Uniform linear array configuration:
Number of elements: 48
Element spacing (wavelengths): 1
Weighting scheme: hamming
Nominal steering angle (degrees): -30
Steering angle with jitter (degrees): -30.444
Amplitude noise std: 0.05
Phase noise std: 0.05

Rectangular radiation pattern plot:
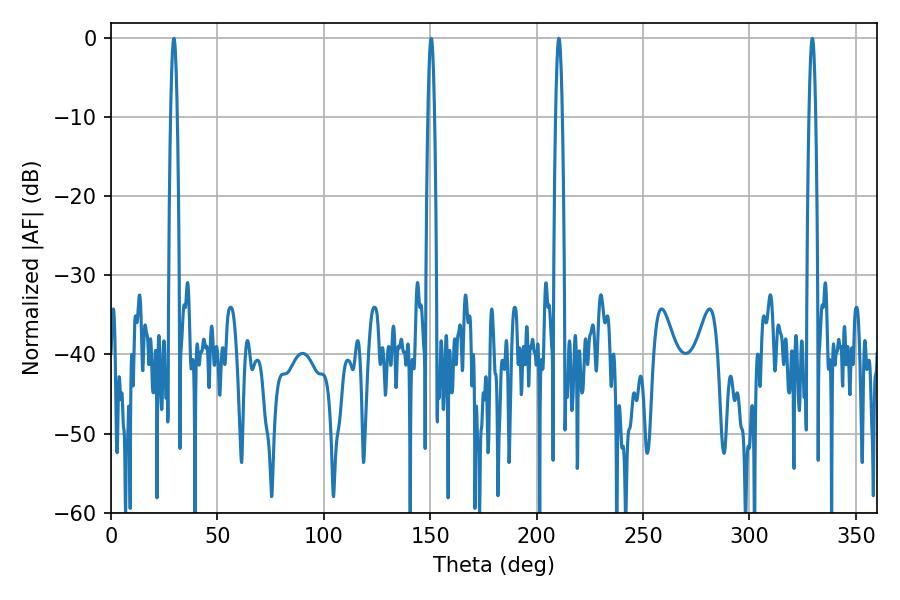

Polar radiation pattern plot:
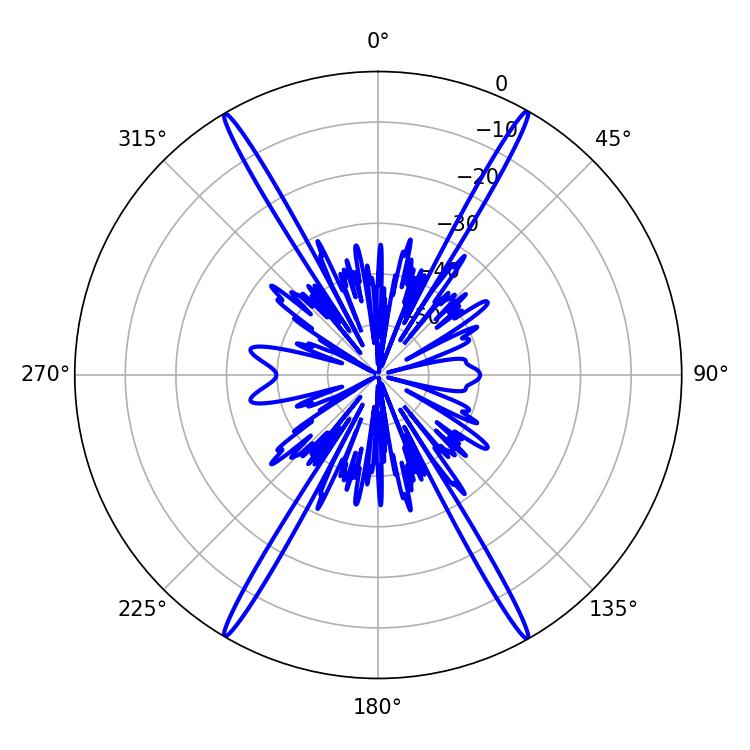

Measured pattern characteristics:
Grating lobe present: TRUE
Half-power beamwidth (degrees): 1.62
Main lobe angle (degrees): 29.52